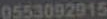
0553092915